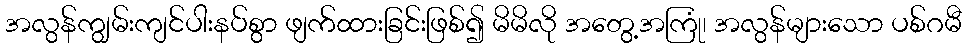
အလွန်ကျွမ်းကျင်ပါးနပ်စွာ ဖျက်ထားခြင်းဖြစ်၍ မိမိလို အတွေ့အကြုံ၊ အလွန်များသော ပစ်ဂမီ